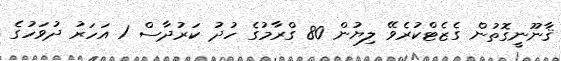
ޤާނޫނީގޮތުން ގެޒެޓްކުރެވޭ ލިޔުން 80 ގްރާމުގެ ހުދު ކަރުދާސް 1 އަހަރު ދުވަހުގެ